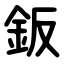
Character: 鈑